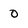
Character: 0